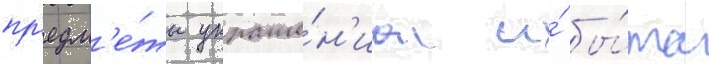
пр'едм'е́ты украше́н'иа и́ бы́та